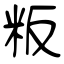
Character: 粄